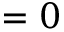
= 0